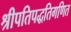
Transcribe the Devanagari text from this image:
श्रीपतिपद्धतिगणित